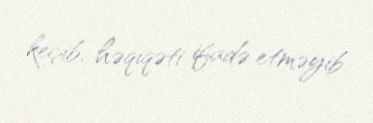
keçib, həqiqəti ifadə etməyib.